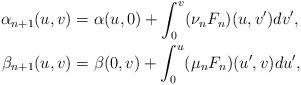
LaTeX: \begin{align*} \alpha_{n+1}(u,v)&=\alpha(u,0)+\int_0^v(\nu_nF_n)(u,v')dv',\\ \beta_{n+1}(u,v)&=\beta(0,v)+\int_0^u(\mu_nF_n)(u',v)du',\end{align*}